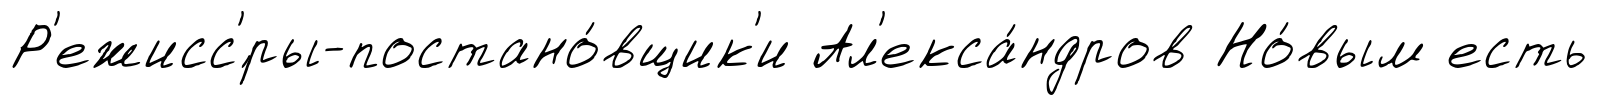
Р'ежисс'́ры-постано́вщик'и Ал'екса́ндров Но́вым есть